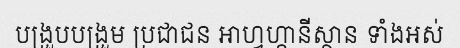
បង្រួបបង្រួម ប្រជាជន អាហ្វហ្កានីស្ថាន ទាំងអស់